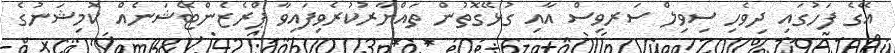
އޭގެ ފަހުގައި ދިވެހި ސިވިލް ސަރވިސް އާއި ގުޅޭގޮތުން ތައްޔާރުކުރެވިފައިވާ ޕްރެޒެންޓޭޝަނެއް ކޮމިޝަނުގެ